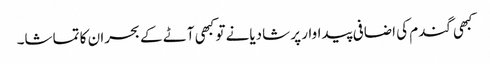
کبھی گندم کی اضافی پیداوار پر شادیانے تو کبھی آٹے کے بحران کا تماشا۔